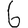
Digit: 6